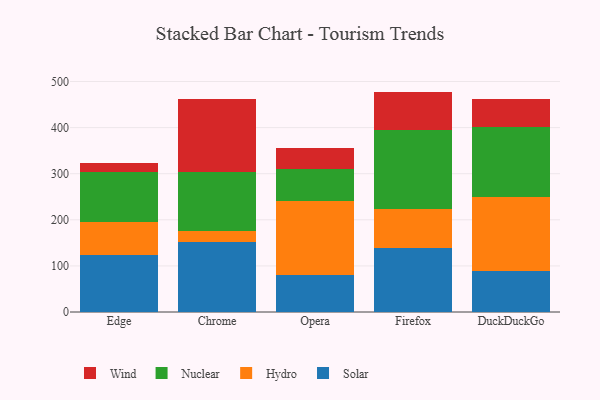
{"axis": {"x": "Browser", "y": "Bounce Rate (%)"}, "legend": ["Hydro", "Nuclear", "Solar", "Wind"], "data": [{"x": "Edge", "y": 123.9, "type": "Solar"}, {"x": "Edge", "y": 71.5, "type": "Hydro"}, {"x": "Edge", "y": 109.3, "type": "Nuclear"}, {"x": "Edge", "y": 18.0, "type": "Wind"}, {"x": "Chrome", "y": 152.2, "type": "Solar"}, {"x": "Chrome", "y": 22.8, "type": "Hydro"}, {"x": "Chrome", "y": 128.7, "type": "Nuclear"}, {"x": "Chrome", "y": 158.3, "type": "Wind"}, {"x": "Opera", "y": 81.1, "type": "Solar"}, {"x": "Opera", "y": 159.8, "type": "Hydro"}, {"x": "Opera", "y": 69.9, "type": "Nuclear"}, {"x": "Opera", "y": 45.2, "type": "Wind"}, {"x": "Firefox", "y": 138.8, "type": "Solar"}, {"x": "Firefox", "y": 84.6, "type": "Hydro"}, {"x": "Firefox", "y": 171.3, "type": "Nuclear"}, {"x": "Firefox", "y": 83.4, "type": "Wind"}, {"x": "DuckDuckGo", "y": 89.5, "type": "Solar"}, {"x": "DuckDuckGo", "y": 160.8, "type": "Hydro"}, {"x": "DuckDuckGo", "y": 151.3, "type": "Nuclear"}, {"x": "DuckDuckGo", "y": 61.4, "type": "Wind"}]}